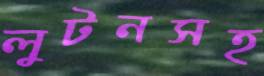
লুটনসহ